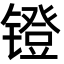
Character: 镫